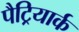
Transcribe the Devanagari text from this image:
पैट्रियार्क